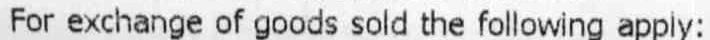
FOR EXCHANGE OF GOODS SOLD THE FOLLOWING APPLY: